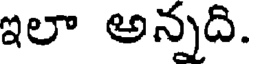
ఇలా అన్నది.